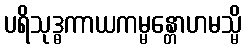
ပရိသုဒ္ဓကာယကမ္မန္တောဟမသ္မိ